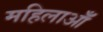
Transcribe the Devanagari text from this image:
महिलाऑँ